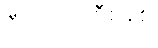
ဒီမိုကရေစီစနစ်